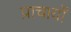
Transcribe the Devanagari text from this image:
प्राचार्यों